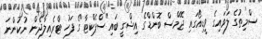
ސްމިތުގެ ލަވައިގެ ވީޑިއޯގައި ޖޭމްސް ބޮންޑްގެ އިޝްގީ ބައި"ސްޕެކްޓާ"ގެ ފަހު ޓްރެއިލާދެން ނުކުންނަ